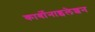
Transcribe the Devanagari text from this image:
कार्बोनाइलेशन